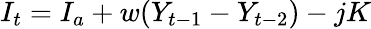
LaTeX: I_{t}=I_{a}+w(Y_{t-1}-Y_{t-2})-jK